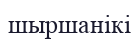
шыршанікі